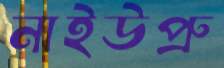
নাইউপ্রু